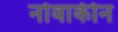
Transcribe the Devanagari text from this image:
नोवाकीन